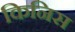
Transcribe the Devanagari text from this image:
किनिस